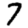
Digit: 7